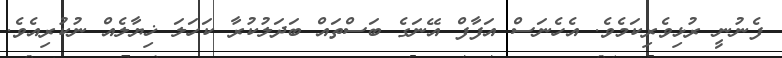
ފެނުނީ ރުޅިވެރިކަމެވެ. އެހެނަސް އަފާފް އޭނަގެ ބަސްތައް ބަދަލުކުރާ ކަހަލަ ޚިޔާލެއް ނުކުރިއެވެ.